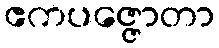
ဧကပဇ္ဇောတာ